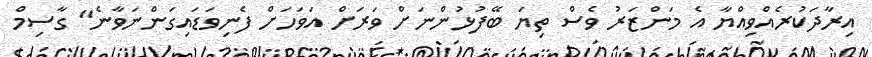
އިރާދަކުރެއްވިއްޔާ އެ މަންޒަރު ވެސް ތިޔަ ބޭފުޅުންނަށް ވަރަށް އަވަހަށް ފެނިވަޑައިގަންނަވާނެ" ގާސިމް